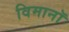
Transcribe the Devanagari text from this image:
विमानॉ